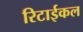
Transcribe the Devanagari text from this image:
रिटाईकल